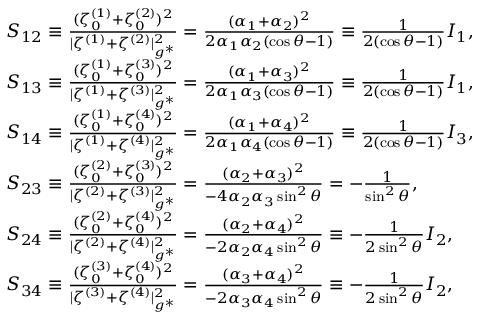
\begin{array} { r l } & { S _ { 1 2 } \equiv \frac { ( \zeta _ { 0 } ^ { ( 1 ) } + \zeta _ { 0 } ^ { ( 2 ) } ) ^ { 2 } } { | \zeta ^ { ( 1 ) } + \zeta ^ { ( 2 ) } | _ { g ^ { * } } ^ { 2 } } = \frac { ( \alpha _ { 1 } + \alpha _ { 2 } ) ^ { 2 } } { 2 \alpha _ { 1 } \alpha _ { 2 } ( \cos \theta - 1 ) } \equiv \frac { 1 } { 2 ( \cos \theta - 1 ) } I _ { 1 } , } \\ & { S _ { 1 3 } \equiv \frac { ( \zeta _ { 0 } ^ { ( 1 ) } + \zeta _ { 0 } ^ { ( 3 ) } ) ^ { 2 } } { | \zeta ^ { ( 1 ) } + \zeta ^ { ( 3 ) } | _ { g ^ { * } } ^ { 2 } } = \frac { ( \alpha _ { 1 } + \alpha _ { 3 } ) ^ { 2 } } { 2 \alpha _ { 1 } \alpha _ { 3 } ( \cos \theta - 1 ) } \equiv \frac { 1 } { 2 ( \cos \theta - 1 ) } I _ { 1 } , } \\ & { S _ { 1 4 } \equiv \frac { ( \zeta _ { 0 } ^ { ( 1 ) } + \zeta _ { 0 } ^ { ( 4 ) } ) ^ { 2 } } { | \zeta ^ { ( 1 ) } + \zeta ^ { ( 4 ) } | _ { g ^ { * } } ^ { 2 } } = \frac { ( \alpha _ { 1 } + \alpha _ { 4 } ) ^ { 2 } } { 2 \alpha _ { 1 } \alpha _ { 4 } ( \cos \theta - 1 ) } \equiv \frac { 1 } { 2 ( \cos \theta - 1 ) } I _ { 3 } , } \\ & { S _ { 2 3 } \equiv \frac { ( \zeta _ { 0 } ^ { ( 2 ) } + \zeta _ { 0 } ^ { ( 3 ) } ) ^ { 2 } } { | \zeta ^ { ( 2 ) } + \zeta ^ { ( 3 ) } | _ { g ^ { * } } ^ { 2 } } = \frac { ( \alpha _ { 2 } + \alpha _ { 3 } ) ^ { 2 } } { - 4 \alpha _ { 2 } \alpha _ { 3 } \sin ^ { 2 } \theta } = - \frac { 1 } { \sin ^ { 2 } \theta } , } \\ & { S _ { 2 4 } \equiv \frac { ( \zeta _ { 0 } ^ { ( 2 ) } + \zeta _ { 0 } ^ { ( 4 ) } ) ^ { 2 } } { | \zeta ^ { ( 2 ) } + \zeta ^ { ( 4 ) } | _ { g ^ { * } } ^ { 2 } } = \frac { ( \alpha _ { 2 } + \alpha _ { 4 } ) ^ { 2 } } { - 2 \alpha _ { 2 } \alpha _ { 4 } \sin ^ { 2 } \theta } \equiv - \frac { 1 } { 2 \sin ^ { 2 } \theta } I _ { 2 } , } \\ & { S _ { 3 4 } \equiv \frac { ( \zeta _ { 0 } ^ { ( 3 ) } + \zeta _ { 0 } ^ { ( 4 ) } ) ^ { 2 } } { | \zeta ^ { ( 3 ) } + \zeta ^ { ( 4 ) } | _ { g ^ { * } } ^ { 2 } } = \frac { ( \alpha _ { 3 } + \alpha _ { 4 } ) ^ { 2 } } { - 2 \alpha _ { 3 } \alpha _ { 4 } \sin ^ { 2 } \theta } \equiv - \frac { 1 } { 2 \sin ^ { 2 } \theta } I _ { 2 } , } \end{array}